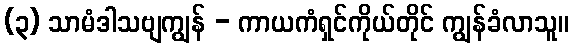
(၃) သာမံဒါသဗျကျွန် - ကာယကံရှင်ကိုယ်တိုင် ကျွန်ခံလာသူ။